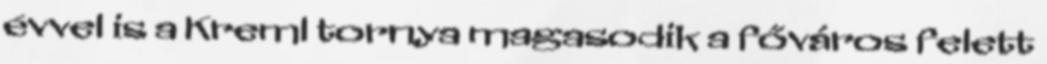
évvel is a Kreml tornya magasodik a főváros felett